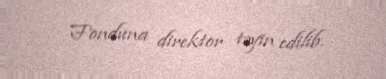
Fonduna direktor təyin edilib.